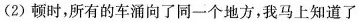
(2)顿时，所有的车涌向了同一个地方，我马上知道了